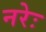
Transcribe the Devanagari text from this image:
नरेः